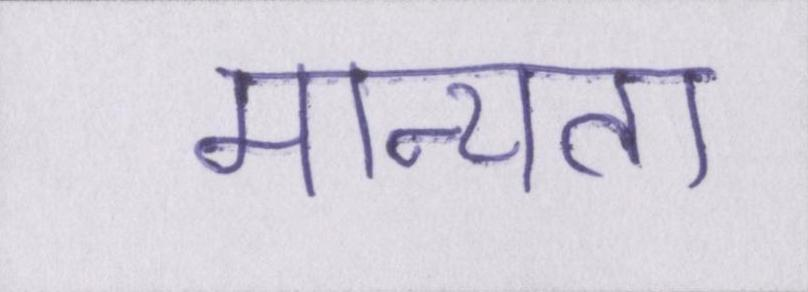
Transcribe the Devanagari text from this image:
मान्यता